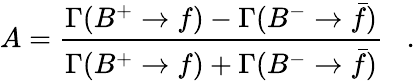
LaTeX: A={\frac{\Gamma(B^{+}\to f)-\Gamma(B^{-}\to\bar{f})}{\Gamma(B^{+}\to f)+\Gamma(B^{-}\to\bar{f})}}\; \; \; .